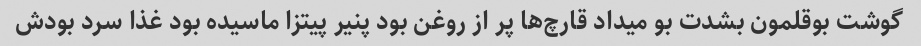
گوشت بوقلمون بشدت بو میداد قارچ‌ها پر از روغن بود پنیر پیتزا ماسیده بود غذا سرد بودش